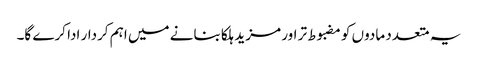
یہ متعدد مادوں کو مضبوط تر اور مزید ہلکا بنانے میں اہم کردار ادا کرے گا۔